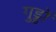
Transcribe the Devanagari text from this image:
गुड्डों